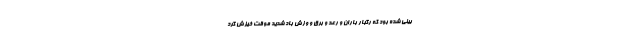
بینی شده بود که رگبار باران و رعد و برق و وزش باد شدید موقت خیزش گرد